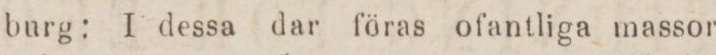
burg: I dessa dar föras ofantliga massor